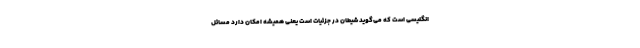
انگلیسی است که می‌گوید شیطان در جزئیات است یعنی همیشه امکان دارد مسائل